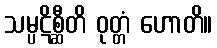
သမ္ပဋိစ္ဆီတိ ဝုတ္တံ ဟောတိ။